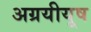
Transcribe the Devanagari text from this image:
अग्रयीयूष